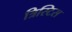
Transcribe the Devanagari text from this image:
त्रिस्टिस